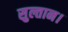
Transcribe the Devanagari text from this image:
सुल्तान।